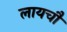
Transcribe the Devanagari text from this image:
लायचौ